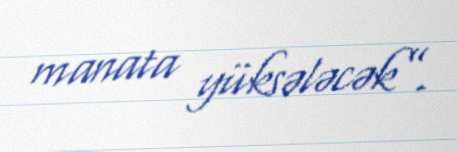
manata yüksələcək”.